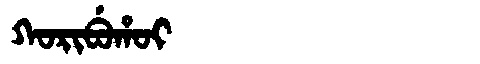
Manchu: ᡴᠣᡵᡳᠪᡠᡥᠣᡳ
Romanization: KORIBUHOI